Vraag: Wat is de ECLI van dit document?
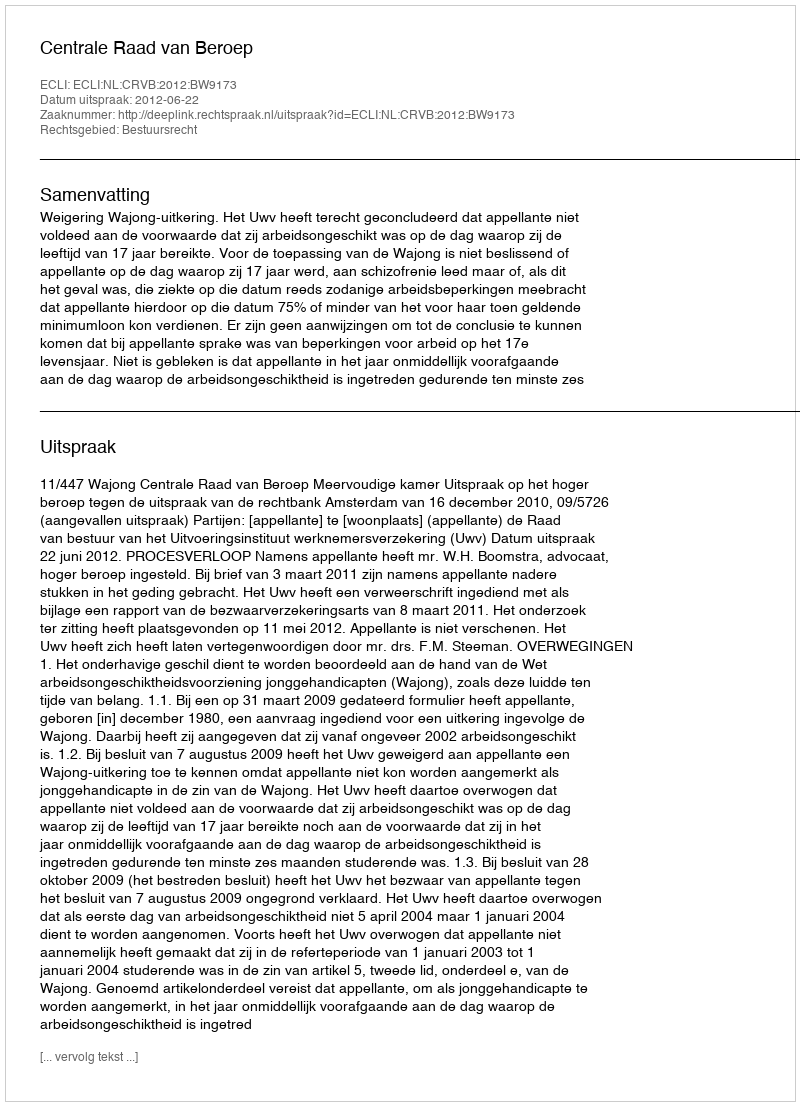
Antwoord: ECLI:NL:CRVB:2012:BW9173